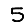
Digit: 5